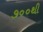
૭૦૦થી